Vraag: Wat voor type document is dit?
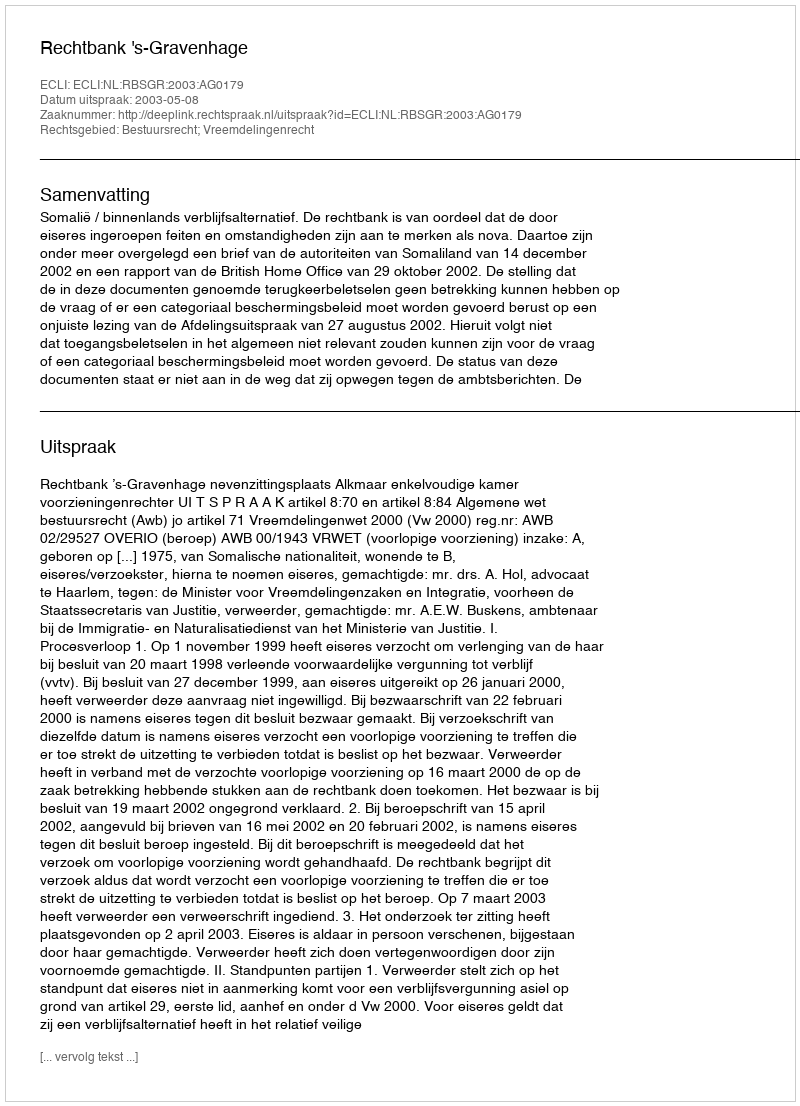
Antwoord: Uitspraak